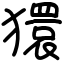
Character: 獧